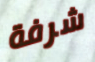
شرفة